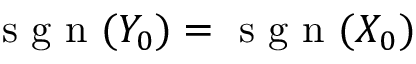
\mathrm { ~ s ~ g ~ n ~ } ( Y _ { 0 } ) = \mathrm { ~ s ~ g ~ n ~ } ( X _ { 0 } )